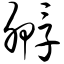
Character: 孵